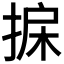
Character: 𢮄